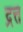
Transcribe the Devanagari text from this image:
द्रत्त